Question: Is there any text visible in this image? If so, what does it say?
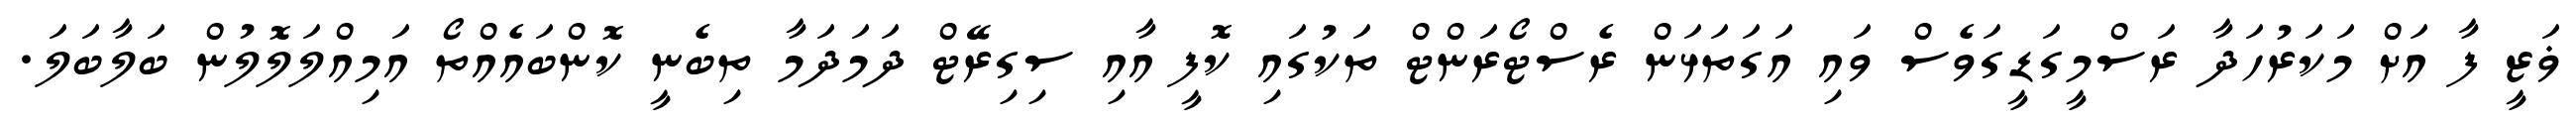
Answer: ޥަޒީ ފާ އަށް މަކަރުހަދާ ރަސްމީގަޑީގަވެސް ވައި އަގަތަޅަން ރެސްޓޯރަންޓް ތަކުގައި ކޮފީ އާއި ސިގިރޭޓް ދަމަދަމާ ތިބެނީ ކޮންބައެއްތޯ އަމިއްލަލޮލުން ބަލާބަލަ.